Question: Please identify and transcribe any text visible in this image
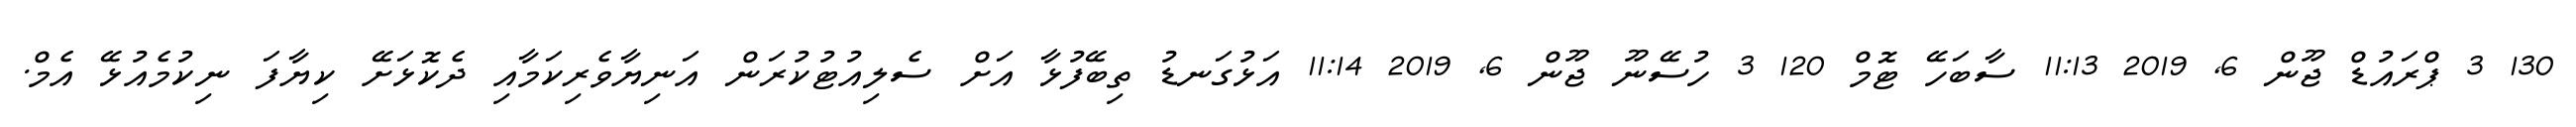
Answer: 130 3 ޕްރައުޑް ޖޫން 6, 2019 11:13 ސާބަހޭ ޓޮމް 120 3 ހުސޭނޫ ޖޫން 6, 2019 11:14 އަޅުގަނޑު ތިބޭފުޅާ އަށް ސެލިއުޓުކުރަން އަނިޔާވެރިކަމާއި ދެކޮޅަށޭ ކިޔާފަ ނިކުމެއުޅޭ އެމް.